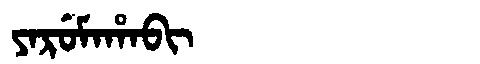
Manchu: ᠶᠠᡵᡠᠮᠠᡥᠠᠪᡳ
Romanization: YARUMAHABI